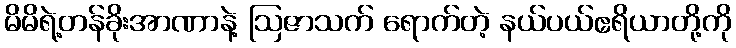
မိမိရဲ့တန်ခိုးအာဏာနဲ့ ဩဇာသက် ရောက်တဲ့ နယ်ပယ်ဧရိယာတို့ကို